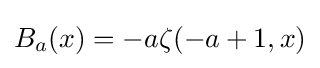
B_{a}(x)=-a\zeta (-a+1,x)